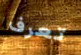
تعرف